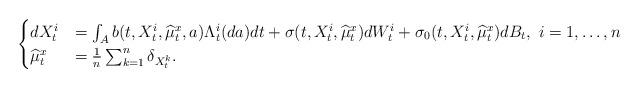
LaTeX: \begin{align*}\begin{cases}dX^i_t &= \int_Ab(t,X^i_t,\widehat{\mu}^x_t,a)\Lambda^i_t(da)dt + \sigma(t,X^i_t,\widehat{\mu}^x_t)dW^i_t + \sigma_0(t,X^i_t,\widehat{\mu}^x_t)dB_t, \ i=1,\ldots,n \\\widehat{\mu}^x_t &= \frac{1}{n}\sum_{k=1}^n\delta_{X^k_t}.\end{cases} \end{align*}